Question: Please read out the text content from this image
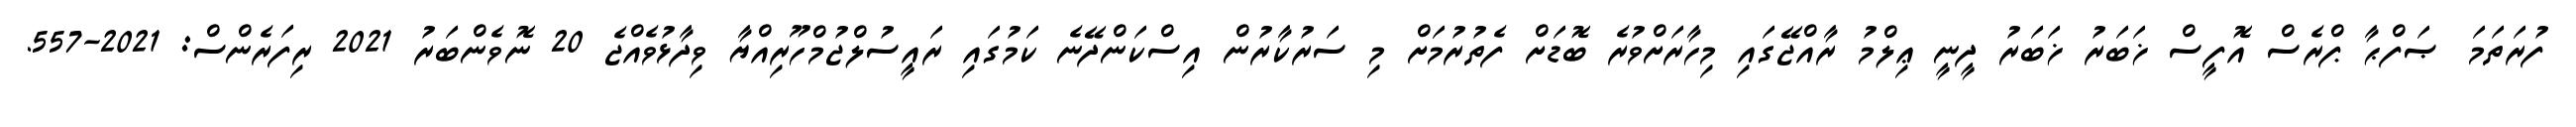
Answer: ފުރަތަމަ ޞަފްޙާ ޕްރެސް އޮފީސް ޚަބަރު ޚަބަރު ދީނީ ޢިލްމު ރާއްޖޭގައި މިހާރަށްވުރެ ބޮޑަށް ފެތުރުމަށް މި ސަރުކާރުން އިސްކަންދޭނެ ކަމުގައި ރައީސުލްޖުމްހޫރިއްޔާ ވިދާޅުވެއްޖެ 20 ނޮވެންބަރު 2021 ރިފަރެންސް: 2021-557.